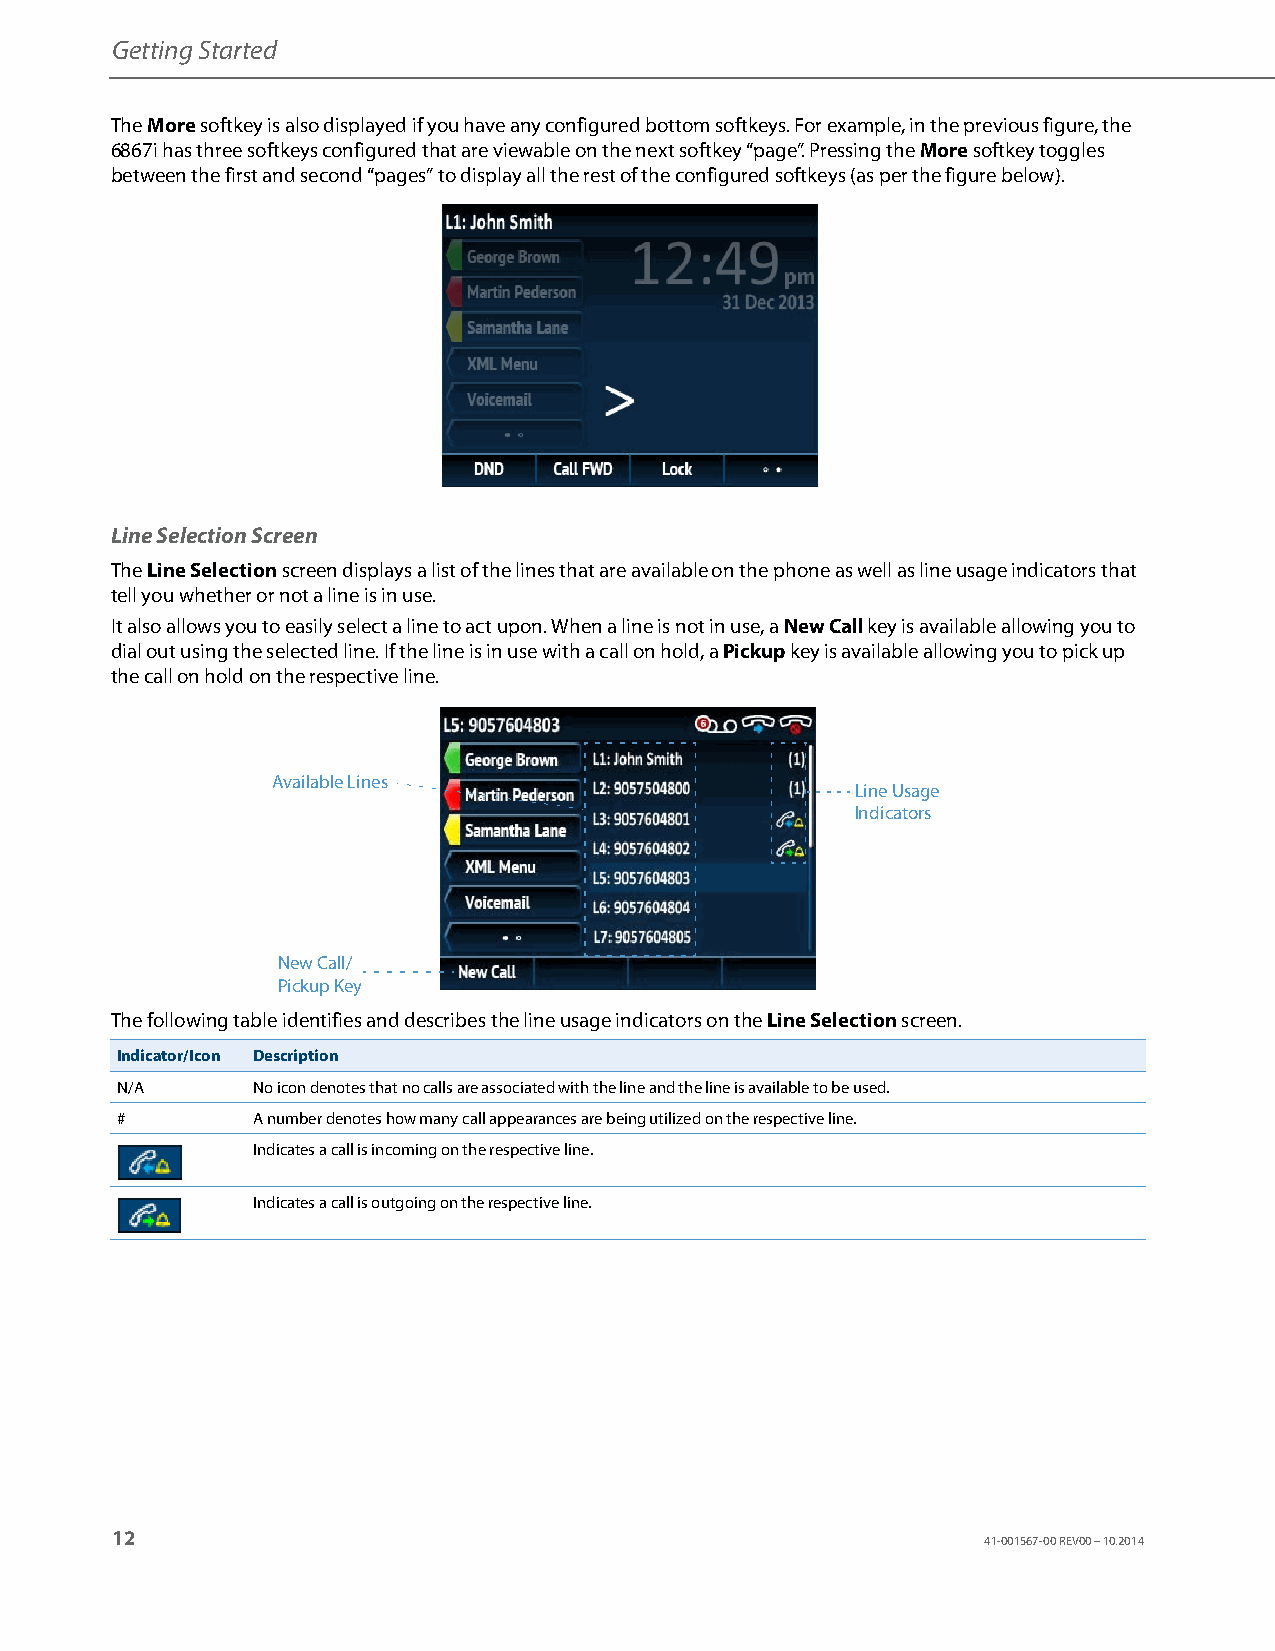
Getting Started
 The More softkey is also displayed if you have any configured bottom softkeys. For example, in the previous figure, the
 6867i has three softkeys configured that are viewable on the next softkey “page”. Pressing the More softkey toggles
 between the first and second “pages” to display all the rest of the configured softkeys (as per the figure below).
 Line Selection Screen
 The Line Selection screen displays a list of the lines that are available on the phone as well as line usage indicators that
 tell you whether or not a line is in use.
 It also allows you to easily select a line to act upon. When a line is not in use, a New Call key is available allowing you to
 dial out using the selected line. If the line is in use with a call on hold, a Pickup key is available allowing you to pick up
 the call on hold on the respective line.
 Available Lines
 Line Usage
 Indicators
 New Call/
 Pickup Key
 The following table identifies and describes the line usage indicators on the Line Selection screen.
 Indicator/Icon Description
 N/A      No icon denotes that no calls are associated with the line and the line is available to be used.
 #        A number denotes how many call appearances are being utilized on the respective line.
 Indicates a call is incoming on the respective line.
 Indicates a call is outgoing on the respective line.
 12
 41-001567-00 REV00 – 10.2014